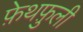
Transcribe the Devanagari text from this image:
फ़ेथफ़ुली